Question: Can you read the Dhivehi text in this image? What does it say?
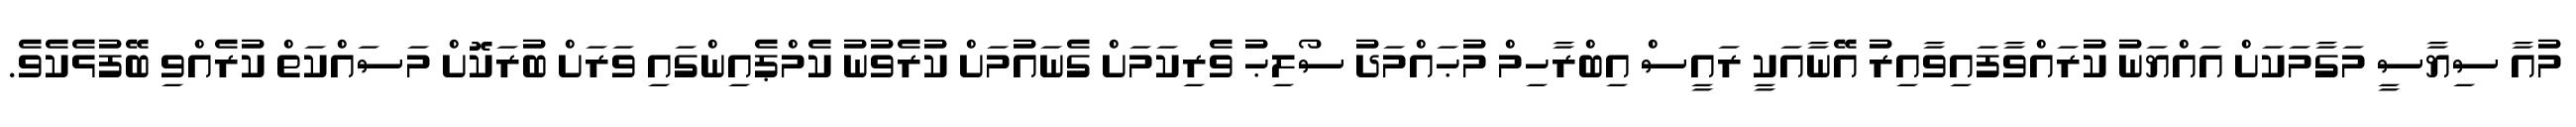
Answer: މުއާ ސިޔާސީ މަގާމަކަށް އައްޔަނު ކުރައްވާފައިވާއިރު އޭނާއަކީ ރައީސް އިބްރާހިމް މުޙައްމަދު ސޯލިޙު ވެރިކަމަށް ގެނައުމަށް ކުރެވުނު ކެމްޕެއިންގައި ވަރަށް ބުރަކޮށް މަސައްކަތް ކުރެއްވި ބޭފުޅެކެވެ.